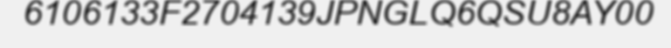
6106133F2704139JPNGLQ6QSU8AY00